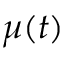
\boldsymbol { \mu } ( t )